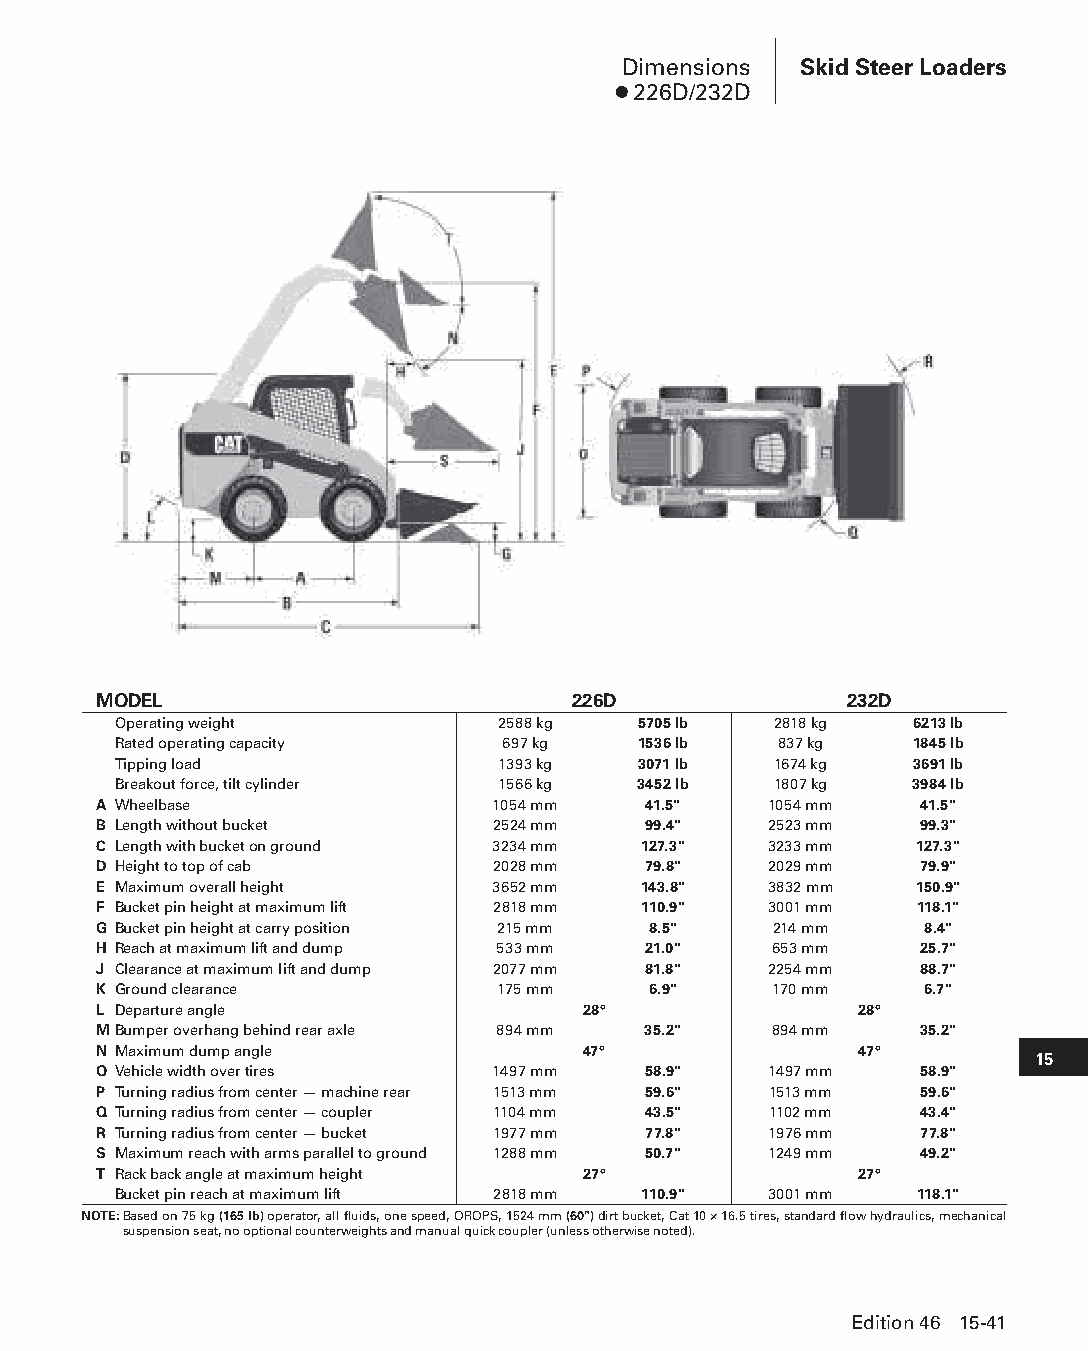
Dimensions Skid Steer Loaders
 ● 226D/232D
 MODEL                          226D              232D
 Operating weight         2588 kg   5705 lb  2818 kg  6213 lb
 Rated operating capacity  697 kg   1536 lb  837 kg   1845 lb
 Tipping load             1393 kg   3071 lb  1674 kg  3691 lb
 Breakout force, tilt cylinder 1566 kg 3452 lb 1807 kg 3984 lb
 A Wheelbase               1054 mm   41.5"   1054 mm   41.5"
 B Length without bucket   2524 mm   99.4"   2523 mm   99.3"
 C Length with bucket on ground 3234 mm 127.3" 3233 mm 127.3"
 D Height to top of cab    2028 mm   79.8"   2029 mm   79.9"
 E Maximum overall height  3652 mm   143.8"  3832 mm   150.9"
 F Bucket pin height at maximum lift 2818 mm 110.9" 3001 mm 118.1"
 G Bucket pin height at carry position 215 mm 8.5" 214 mm 8.4"
 H Reach at maximum lift and dump 533 mm 21.0" 653 mm  25.7"
 J Clearance at maximum lift and dump 2077 mm 81.8" 2254 mm 88.7"
 K Ground clearance        175 mm    6.9"    170 mm     6.7"
 L Departure angle               28°               28°
 MBumper overhang behind rear axle 894 mm 35.2" 894 mm 35.2"
 N Maximum dump angle            47°               47°
 15
 O Vehicle width over tires 1497 mm  58.9"   1497 mm   58.9"
 P Turning radius from center — machine rear 1513 mm 59.6" 1513 mm 59.6"
 Q Turning radius from center — coupler 1104 mm 43.5" 1102 mm 43.4"
 R Turning radius from center — bucket 1977 mm 77.8" 1976 mm 77.8"
 S Maximum reach with arms parallel to ground 1288 mm 50.7" 1249 mm 49.2"
 T Rack back angle at maximum height 27°           27°
 Bucket pin reach at maximum lift 2818 mm 110.9" 3001 mm 118.1"
 NOTE: Based on 75 kg (165 lb) operator, all fluids, one speed, OROPS, 1524 mm (60") dirt bucket, Cat 10 × 16.5 tires, standard flow hydraulics, mechanical
 suspension seat, no optional counterweights and manual quick coupler (unless otherwise noted).
 Edition 46 15-41
 PPHHBB--SSeecc1155--1166..iinndddd 4411                        1122//44//1155 1100::5511 AAMM